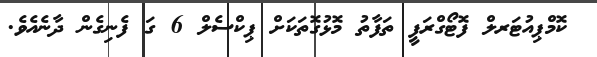
ކޮމްޕިއުޓަރލް ފޮޓޯގްރަފީ ތަފާތު މޮޅުގޮތަކަށް ޕިކްސެލް 6 ގަ ފެނިގެން ދާނެއެވެ.